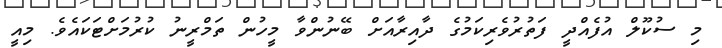
މި ސުކޫލް އުފެއްދީ ފަތުރުވެރިކަމުގެ ދާއިރާއަށް ބޭނުންވާ މީހުން ތަމްރީނު ކުރުމަށްޓަކައެވެ. މިއީ